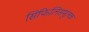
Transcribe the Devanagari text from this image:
सिफिलिसमूलक